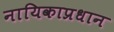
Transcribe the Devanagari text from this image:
नायिकाप्रधान